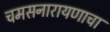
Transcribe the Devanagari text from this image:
चमसनारायणाचा